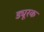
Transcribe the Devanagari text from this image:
ड्यूरक